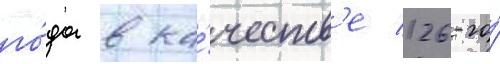
го́да в ка́честв'е 126-го́